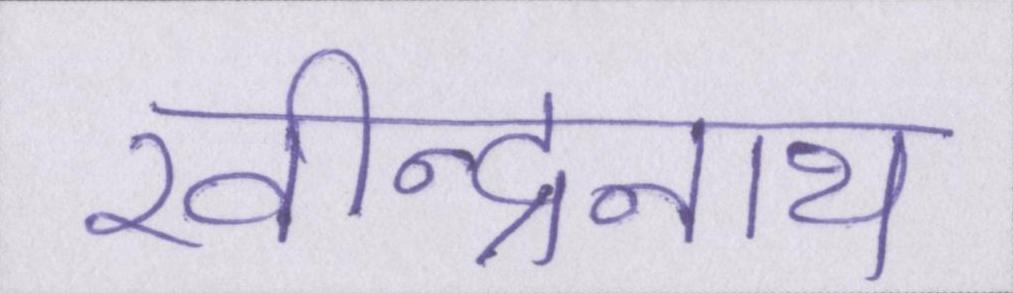
रवीन्द्रनाथ